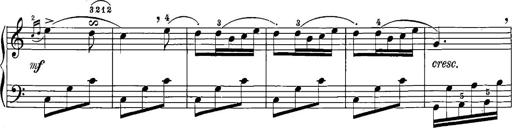
Title: 12 Sonatinas
Composer: Ignaz Pleyel